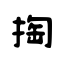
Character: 掏